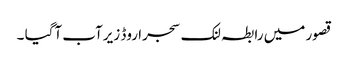
قصور میں رابطہ لنک سجرا روڈ زیرآب آگیا ۔